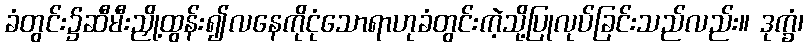
ခံတွင်း၌ဆီမီးညှို့ထွန်း၍လနေကိုငုံသောရာဟုခံတွင်းကဲ့သို့ပြုလုပ်ခြင်းသည်လည်း။ ဒုက္ခံ၊